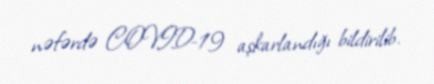
nəfərdə COVID-19 aşkarlandığı bildirilib.